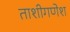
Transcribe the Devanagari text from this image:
ताशीगणेश